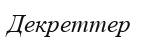
Декреттер